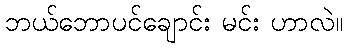
ဘယ်ဘောပင်ချောင်း မင်း ဟာလဲ။